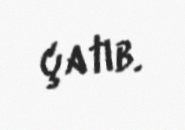
çatıb.